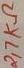
Text: 2,7KΩ